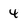
Character: 4